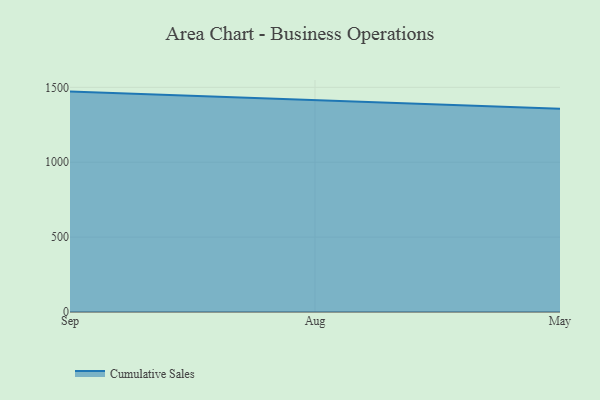
{"axis": {"x": "Month", "y": "Headcount"}, "legend": ["Cumulative Sales"], "data": [{"x": "Sep", "y": 1471.6, "type": "Cumulative Sales"}, {"x": "Aug", "y": 1413.1, "type": "Cumulative Sales"}, {"x": "May", "y": 1356.9, "type": "Cumulative Sales"}]}